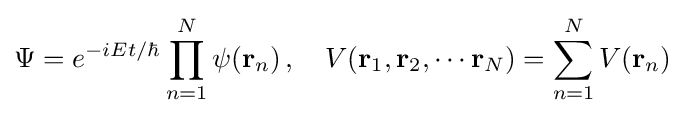
\Psi =e^{-i{Et/\hbar }}\prod _{n=1}^{N}\psi (\mathbf {r} _{n})\,,\quad V(\mathbf {r} _{1},\mathbf {r} _{2},\cdots \mathbf {r} _{N})=\sum _{n=1}^{N}V(\mathbf {r} _{n})